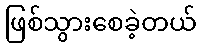
ဖြစ်သွားစေခဲ့တယ်